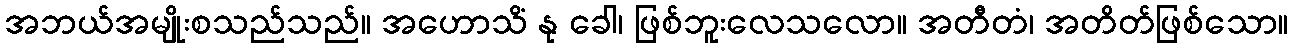
အဘယ်အမျိုးစသည်သည်။ အဟောသိံ နု ခေါ၊ ဖြစ်ဘူးလေသလော။ အတီတံ၊ အတိတ်ဖြစ်သော။